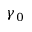
\gamma _ { 0 }